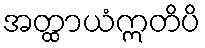
အတ္ထာယံဣတိပိ